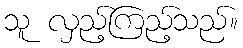
သူ လှည့်ကြည့်သည်။